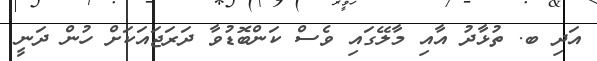
އަދި ބ. ތުޅާދު އާއި މާލޭގައި ވެސް ކަންބޮޑުވާ ދަރަޖައަކަށް ހުން ދަނީ